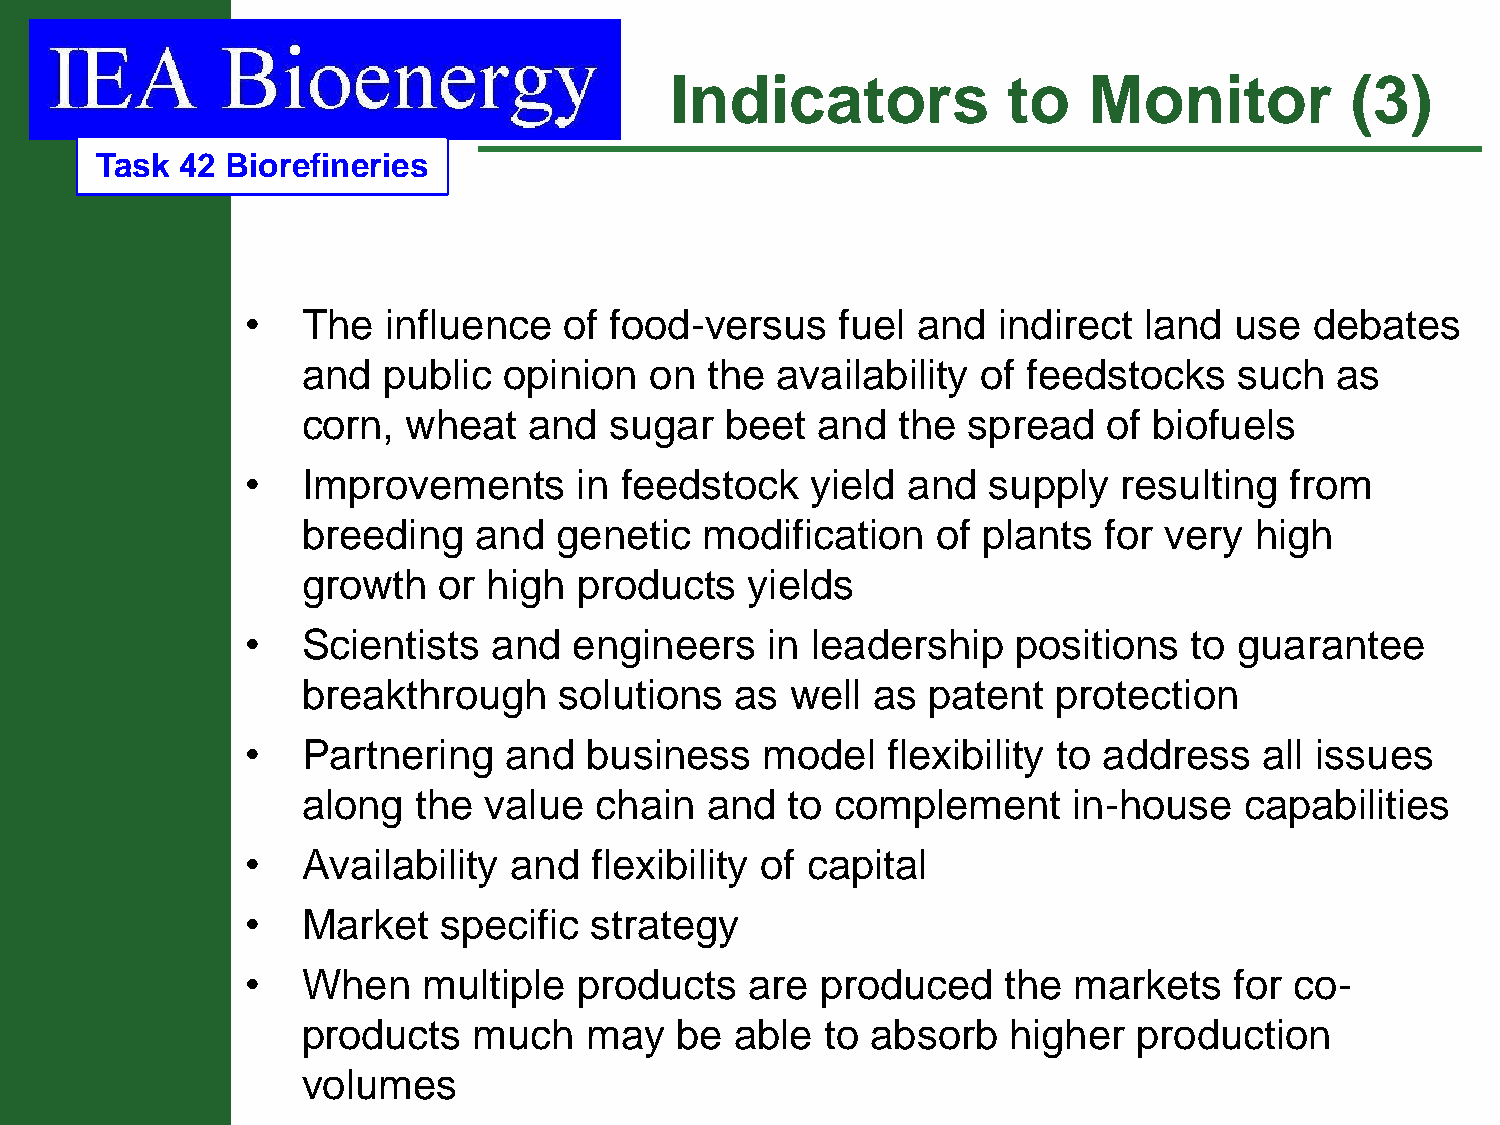
Indicators             to   Monitor          (3)
 Task  42 Biorefineries
 •   The  influence   of food-versus     fuel and  indirect  land  use  debates
 and  public  opinion   on  the availability  of feedstocks    such  as
 corn,  wheat   and  sugar   beet  and  the  spread   of biofuels
 •   Improvements      in feedstock    yield and  supply   resulting  from
 breeding   and   genetic  modification    of plants  for very  high
 growth   or high  products   yields
 •   Scientists   and  engineers    in leadership   positions   to guarantee
 breakthrough     solutions   as well  as patent   protection
 •   Partnering   and   business   model    flexibility to address   all issues
 along  the  value  chain   and  to complement      in-house   capabilities
 •   Availability  and  flexibility of capital
 •   Market   specific  strategy
 •   When    multiple  products    are produced     the markets    for co-
 products   much    may   be  able  to absorb   higher  production
 volumes